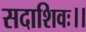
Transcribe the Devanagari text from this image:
सदाशिवः।।